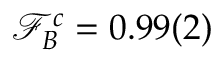
\mathcal { F } _ { B } ^ { c } = 0 . 9 9 ( 2 )